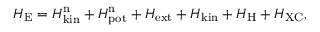
H _ { \mathrm { E } } = H _ { \mathrm { k i n } } ^ { \mathrm { n } } + H _ { \mathrm { p o t } } ^ { \mathrm { n } } + H _ { \mathrm { e x t } } + H _ { \mathrm { k i n } } + H _ { \mathrm { H } } + H _ { \mathrm { X C } } ,